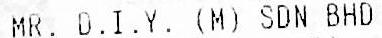
MR. D.I.Y. (M) SDN BHD